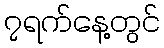
၇ရက်နေ့တွင်